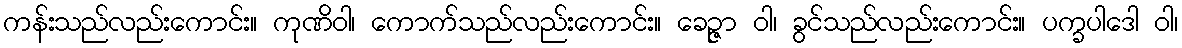
ကန်းသည်လည်းကောင်း။ ကုဏိဝါ၊ ကောက်သည်လည်းကောင်း။ ခေဉ္ဇာ ဝါ၊ ခွင်သည်လည်းကောင်း။ ပက္ခပါဒေါ ဝါ၊